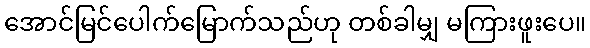
အောင်မြင်ပေါက်မြောက်သည်ဟု တစ်ခါမျှ မကြားဖူးပေ။